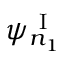
\psi _ { n _ { 1 } } ^ { \mathrm { ~ I ~ } }